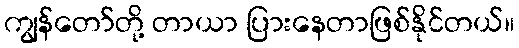
ကျွန်တော်တို့ တာယာ ပြားနေတာဖြစ်နိုင်တယ်။